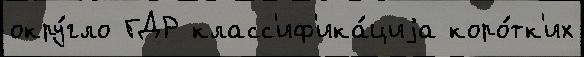
окру́гло ГДР класс'иф'ика́циjа коро́тк'их